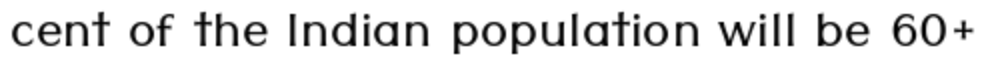
cent of the Indian population will be 60+